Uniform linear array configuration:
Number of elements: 16
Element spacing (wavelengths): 1
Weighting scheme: hann
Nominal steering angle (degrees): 45
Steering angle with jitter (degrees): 43.348
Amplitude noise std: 0.05
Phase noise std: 0.05

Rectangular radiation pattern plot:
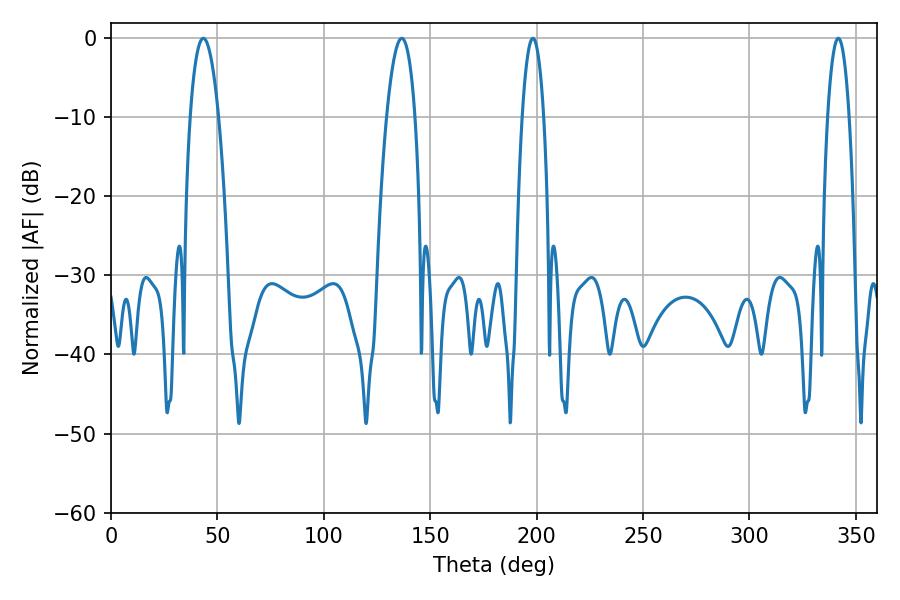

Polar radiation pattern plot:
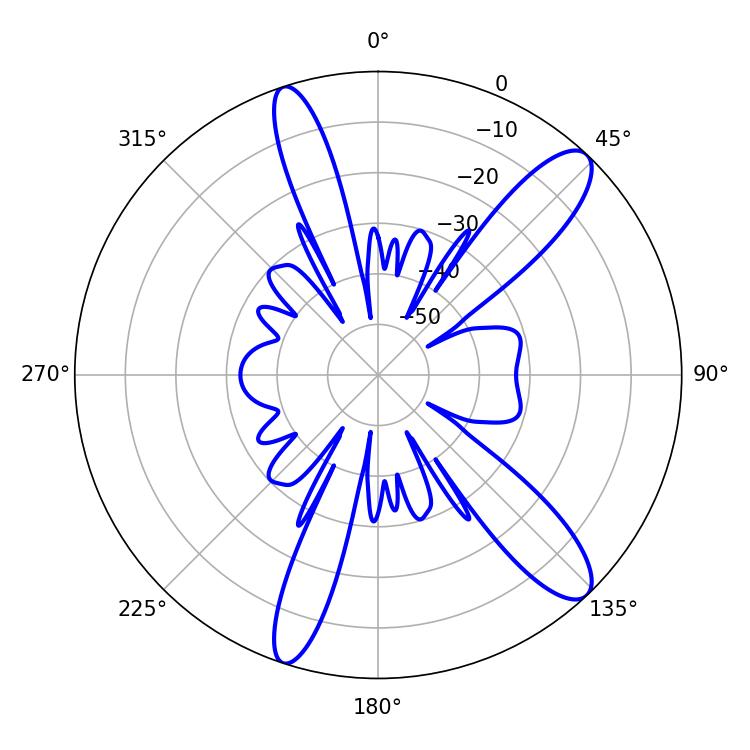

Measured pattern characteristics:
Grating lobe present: TRUE
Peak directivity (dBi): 12.034
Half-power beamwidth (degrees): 7.38
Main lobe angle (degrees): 43.38